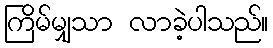
ကြိမ်မျှသာ လာခဲ့ပါသည်။